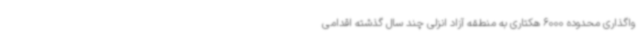
واگذاری محدوده 6000 هکتاری به منطقه آزاد انزلی چند سال گذشته اقدامی